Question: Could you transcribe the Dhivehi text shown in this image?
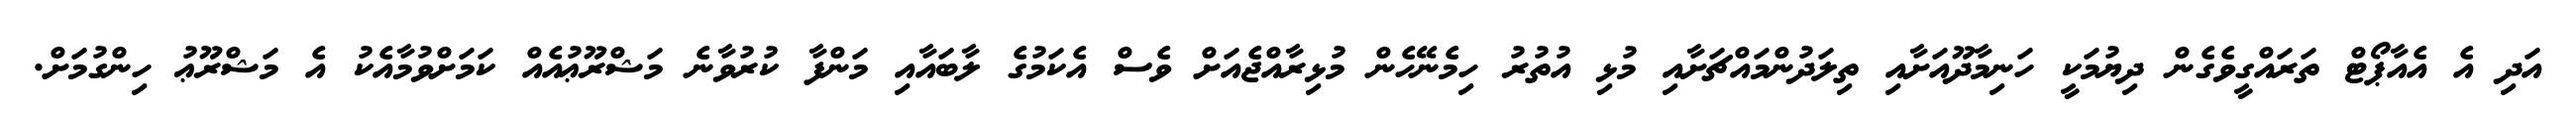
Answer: އަދި އެ އެއާޕޯޓް ތަރައްގީވެގެން ދިޔުމަކީ ހަނިމާދޫއަށާއި ތިލަދުންމައްޗަށާއި މުޅި އުތުރު ހިމެނޭހެން މުޅިރާއްޖެއަށް ވެސް އެކަމުގެ ލާބައާއި މަންފާ ކުރުވާނެ މަޝްރޫޢުއެއް ކަމަށްވުމާއެކު އެ މަޝްރޫޢު ހިންގުމަށް.